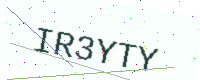
Text: IR3YTY